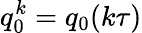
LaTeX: q_{0}^{k}=q_{0}(k\tau)